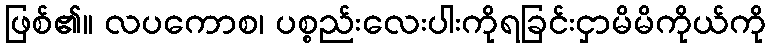
ဖြစ်၏။ လပကောစ၊ ပစ္စည်းလေးပါးကိုရခြင်းငှာမိမိကိုယ်ကို